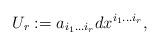
LaTeX: \begin{align*}U_{r}:=a_{i_{1}\ldots i_{r}}dx^{i_{1}\ldots i_{r}},\end{align*}